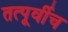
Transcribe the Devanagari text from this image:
तत्पूर्वीच